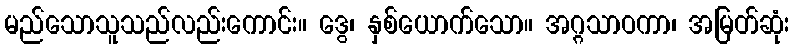
မည်သောသူသည်လည်းကောင်း။ ဒွေ၊ နှစ်ယောက်သော။ အဂ္ဂသာဝကာ၊ အမြတ်ဆုံး